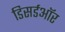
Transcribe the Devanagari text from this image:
डिसर्डऑर